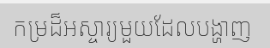
កម្រដ៏អស្ចារ្យមួយដែលបង្ហាញ